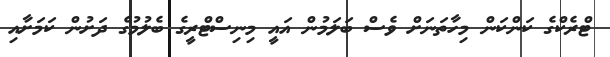
ޓްރެކްގެ ކަންކަން މިހާތަނަށް ވެސް ބަލަމުން އައީ މިނިސްޓްރީގެ ބެލުމުގެ ދަށުން ކަމަށާއި